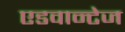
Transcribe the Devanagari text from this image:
एडवान्टेज